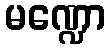
မဏ္ဍော